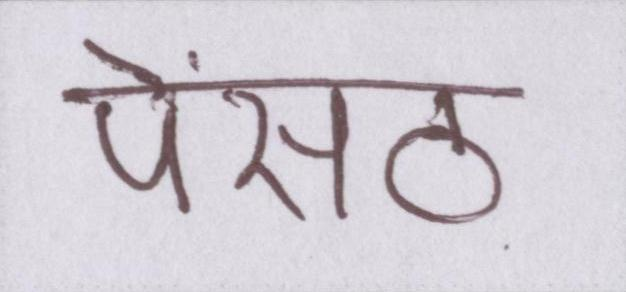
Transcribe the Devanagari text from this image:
पेंसठ